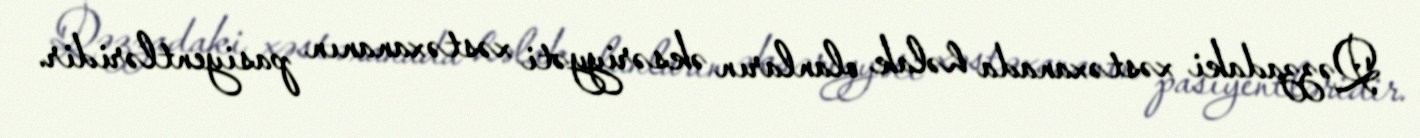
Qəzzadaki xəstəxanada həlak olanların əksəriyyəti xəstəxananın pasiyentləridir.